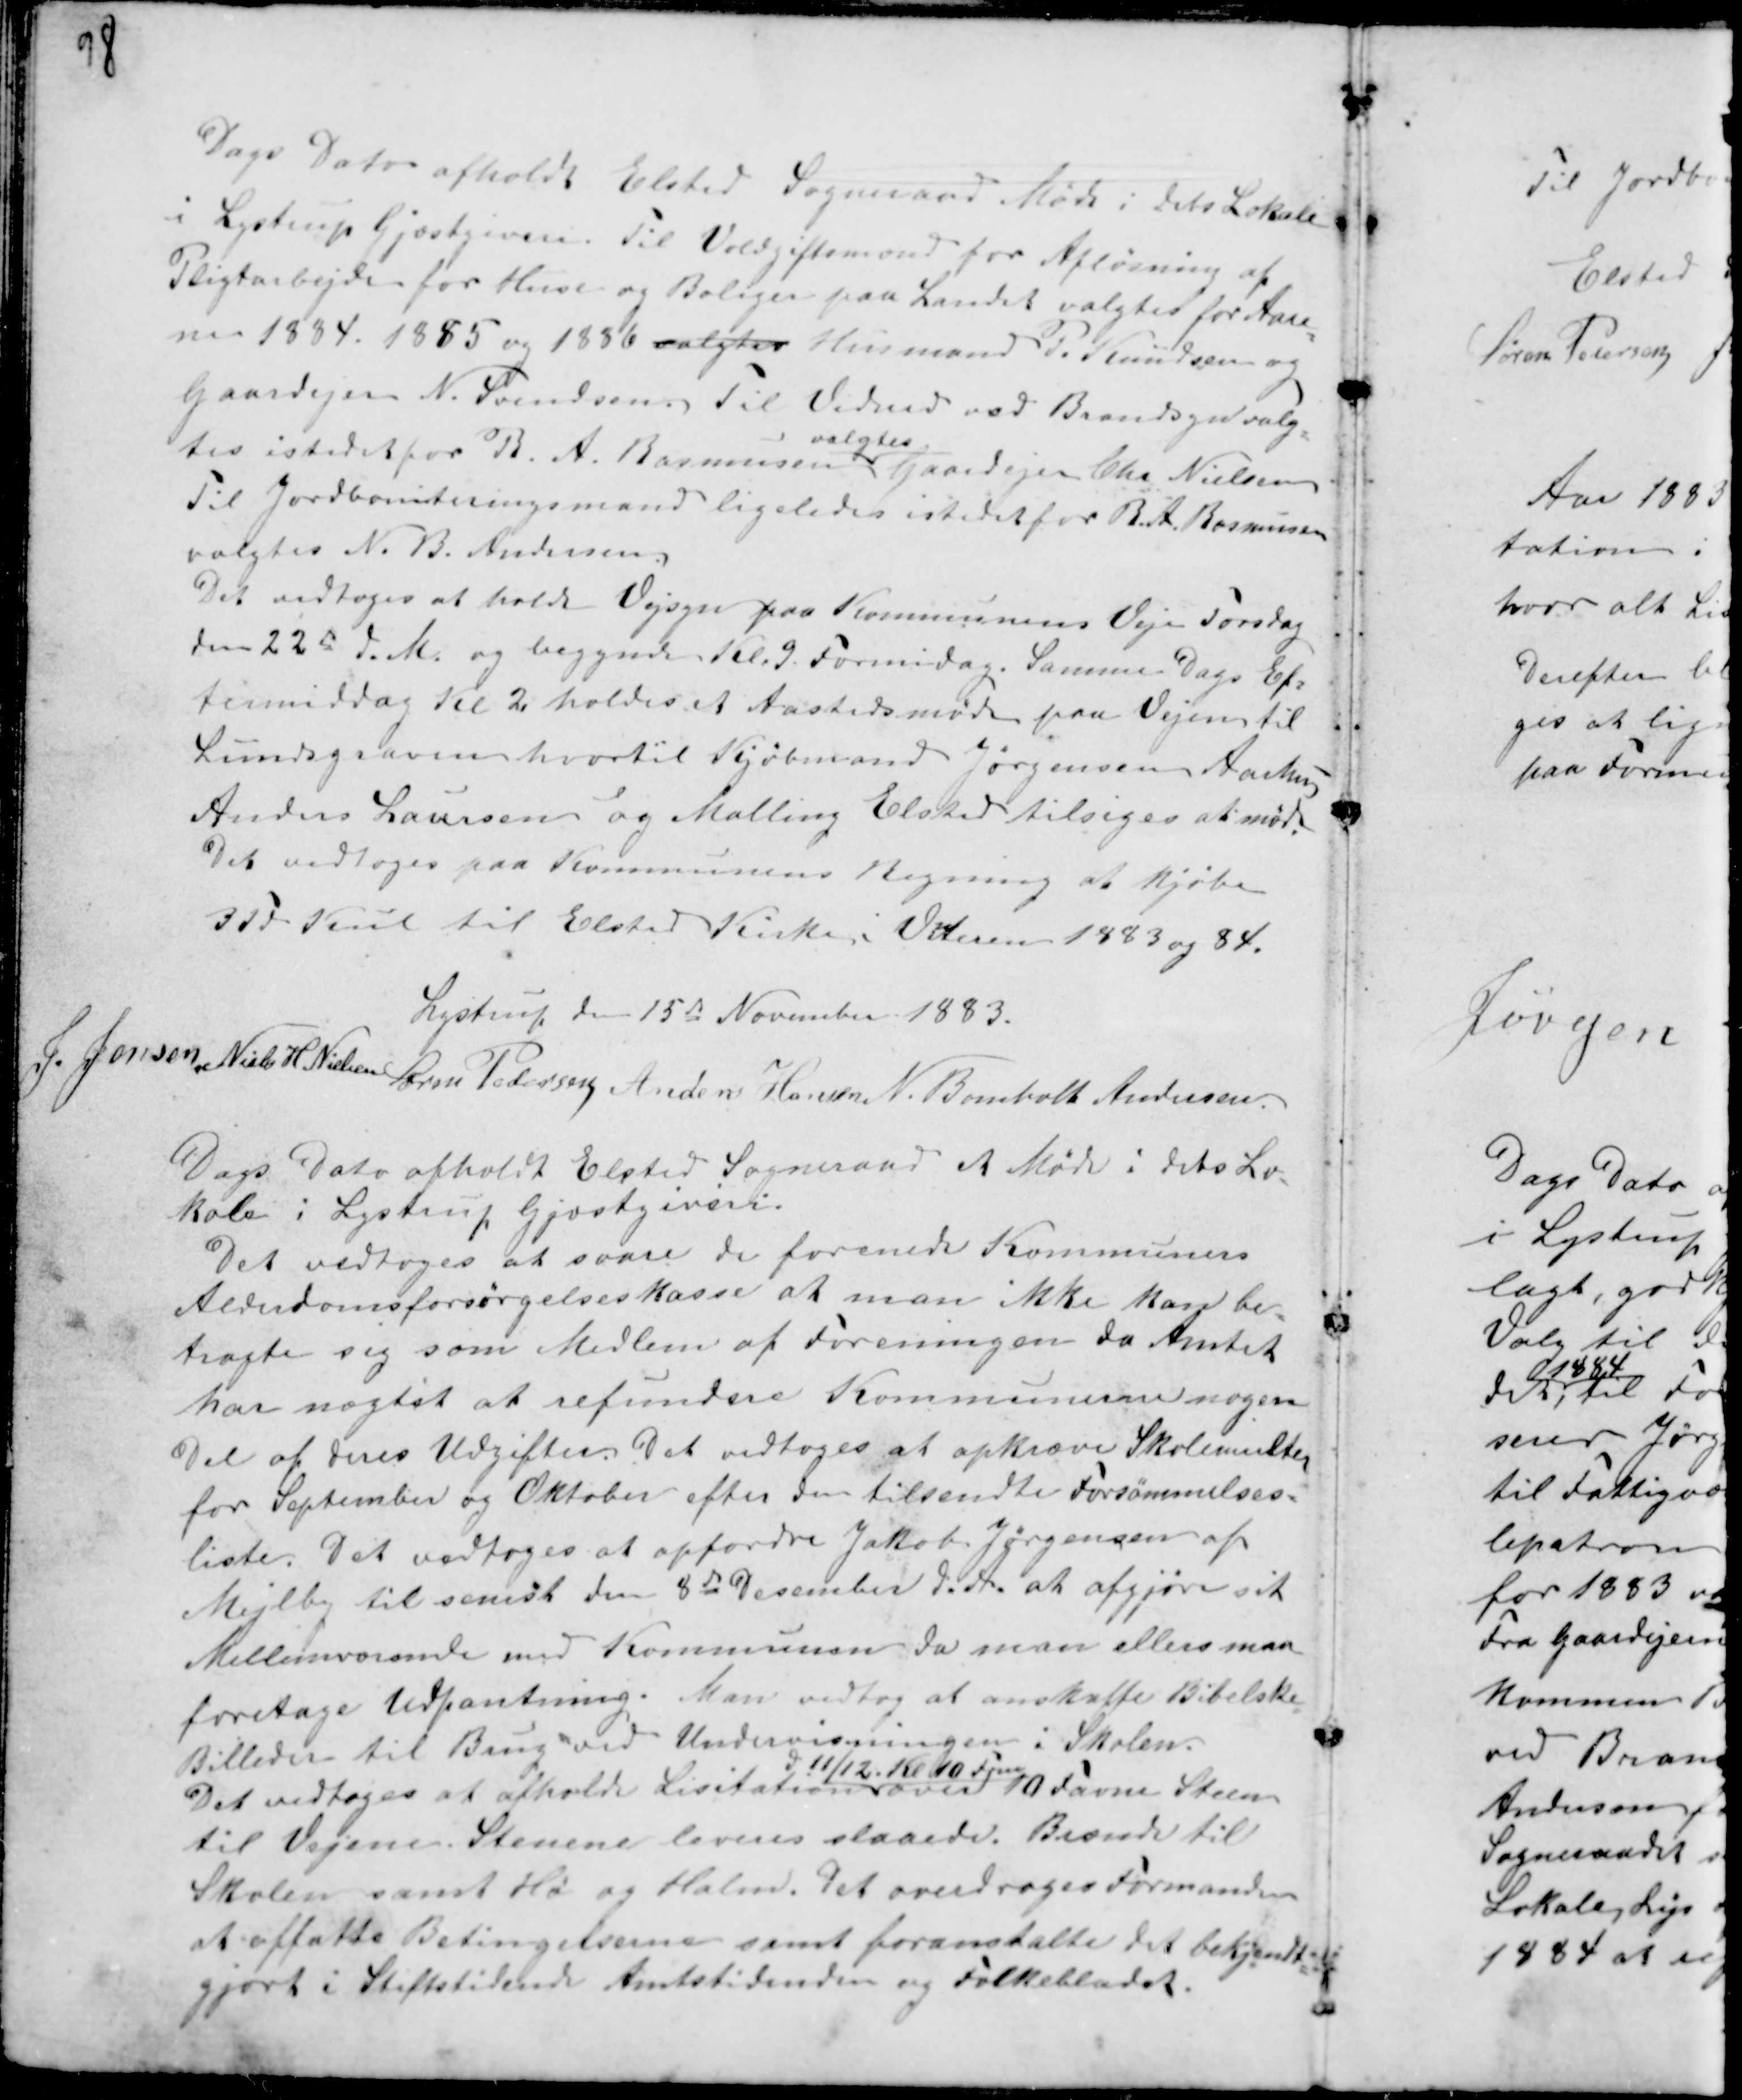
Transskription:
Dags Dato afholdt Elsted Sogneraad Møde i dets Lokale
i Lystrup Gjæstgiveri. Til Voldgiftsmand for Afløsning af
Pligtarbejde for Huse og Boliger paa Landet valgtes for Aare-
ne 1884. 1885 og 1886 valgtes Husmand P. Knudsen og
Gaardejer N. Svendsen Til Vidner ved Brandsyn valg-
tes istedetfor R. A. Rasmussen
valgtes
Gaardejer Chr Nielsen.
Til Jordboniteringsmand ligeledes istedet for R. A. Rasmussen
valgtes N. B. Andersen.
Det vedtoges at holde Vejsyn paa Kommunens Veje Torsdag
den 22d d. M. og begynde Kl. 9. Formidag. Samme Dags Ef-
termiddag Kl 2 holdes et Aastedsmøde paa Vejen til
Lundsgraven hvortil Kjøbmand Jørgensen Aarhus
Anders Laursen og Malling Elsted tilsiges at møde.
Det vedtoges paa Kommunens Regning at kjøbe
3 Td Kul til Elsted Kirke i Vinteren 1883 og 84.

Lystrup den 15de November 1883.
J. Jensen. Niels H Hansen Søren Pedersen
Anders Hansen N. Bomholt Andersen.

Dags Dato afholdt Elsted Sogneraad et Møde i dets Lo-
kale i Lystrup Gjæstgiveri.
Det vedtoges at svare de forenede Kommuners
Alderdomsforsørgelseskasse at man ikke kan be-
tragte sig som Medlem af Foreningen da Amtet
har nægtet at refundere Kommunerne nogen
Del af deres Udgifter. Det vedtoges at opkræve Skolemulter
for September og Oktober efter den tilsendte Forsømmelses-
liste. Det vedtoges at opfordre Jakob Jørgensen af
Mejlby til senest den 8de Desember d.A. at afgjøre sit
Mellemværende med Kommunen da man ellers maa
foretage Udpantning. Man vedtog at anskaffe Bibelske
Billeder til Brug ved Undervisningen i Skolen.
Det vedtoges at afholde Lisitation
d 11/12 Kl. 10 Fom
over 10 Favne Steen
til Vejene. Stenene leveres slaaede. Brænde til
Skolen samt Hø og Halm. Det overdroges Formanden
at affatte Betingelserne samt foranstalte det bekjendt-
gjort i Stiftstidende Amtstidende og Folkebladet.